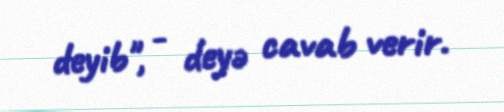
deyib", - deyə cavab verir.